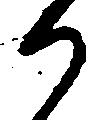
か